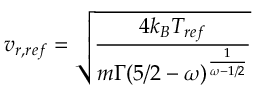
v _ { r , r e f } = \sqrt { \frac { 4 k _ { B } T _ { r e f } } { m \Gamma ( 5 / 2 - \omega ) ^ { \frac { 1 } { \omega - 1 / 2 } } } }